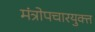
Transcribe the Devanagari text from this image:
मंत्रोपचारयुक्त